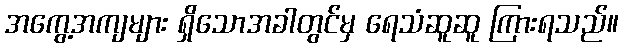
အကွေ့အကျများ ရှိသောအခါတွင်မှ ရေသံဆူဆူ ကြားရသည်။